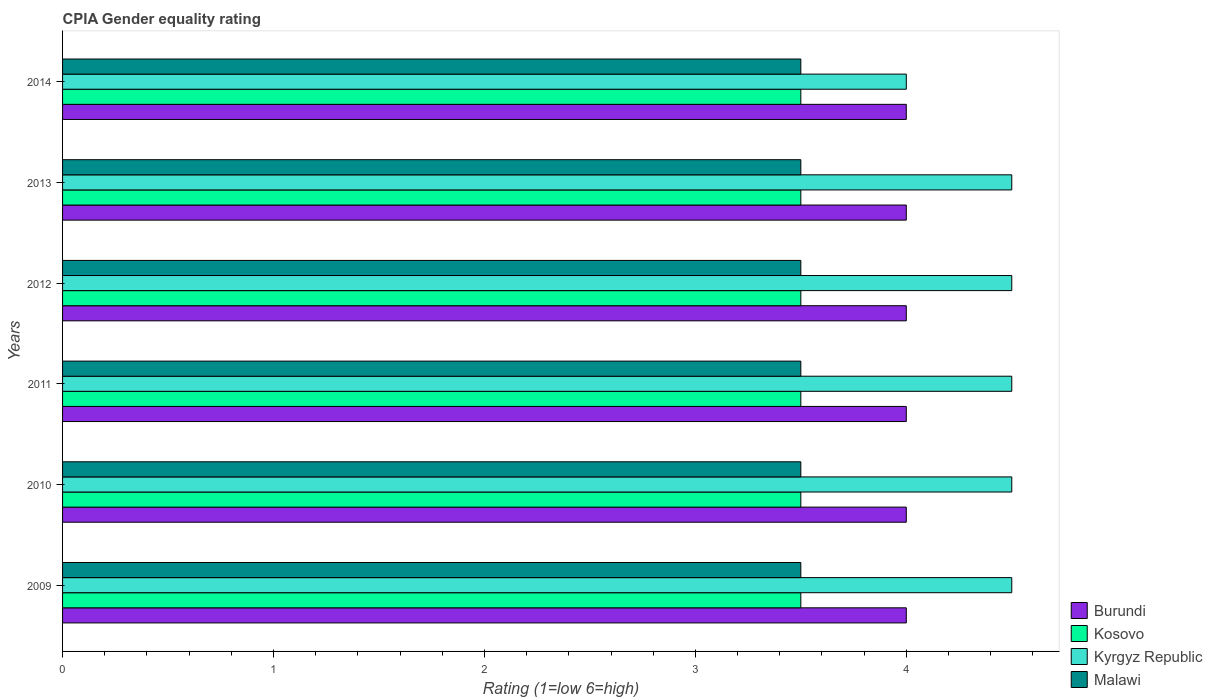
| Years | Burundi | Kosovo | Kyrgyz Republic | Malawi |
 | --- | --- | --- | --- | --- |
 | 2009 | 4 | 3.5 | 4.5 | 3.5 |
 | 2010 | 4 | 3.5 | 4.5 | 3.5 |
 | 2011 | 4 | 3.5 | 4.5 | 3.5 |
 | 2012 | 4 | 3.5 | 4.5 | 3.5 |
 | 2013 | 4 | 3.5 | 4.5 | 3.5 |
 | 2014 | 4 | 3.5 | 4 | 3.5 |